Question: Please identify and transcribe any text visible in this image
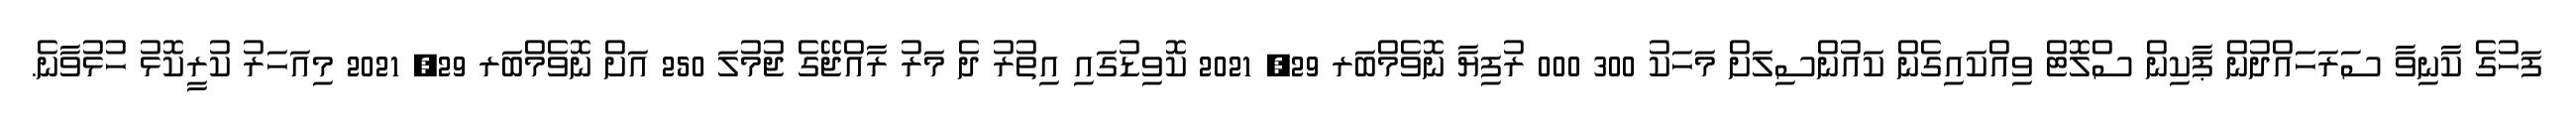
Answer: ފަހުގެ ކާނިވާ ސަރަހައްދުން ޕާކިން ސްލޮޓް ވިއްކައިގެން ކައުންސިލަށް މަހަކު 300 000 ރުފިޔާ ނޮވެމްބަރ 29, 2021 ކޮވިޑުގައި އިތުރު ދެ މަރު ރާއްޖޭގެ ޖުމުލަ 250 އަށް ނޮވެމްބަރ 29, 2021 މިއަހަރު ކުރީކޮޅު ހުޅުވާނެ.